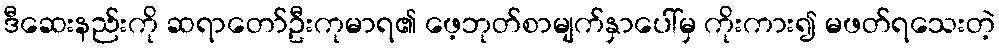
ဒီဆေးနည်းကို ဆရာတော်ဦးကုမာရ၏ ဖေ့ဘုတ်စာမျက်နှာပေါ်မှ ကိုးကား၍ မဖတ်ရသေးတဲ့